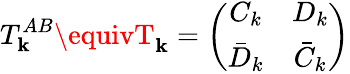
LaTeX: T_{\mathbf{k}}^{AB}\equivT_{\mathbf{k}}=\left(\begin{array}{cc}{{C_{k}}}&{{D_{k}}}\\ {{\bar{D}_{k}}}&{{\bar{C}_{k}}}\end{array}\right)